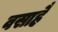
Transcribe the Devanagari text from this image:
वसाहै